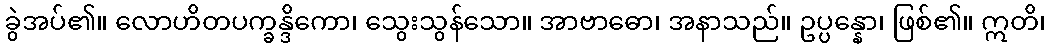
ခွဲအပ်၏။ လောဟိတပက္ခန္ဒိကော၊ သွေးသွန်သော။ အာဗာဓော၊ အနာသည်။ ဥပ္ပန္နော၊ ဖြစ်၏။ ဣတိ၊